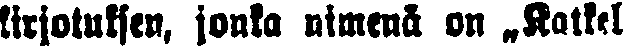
kirjoituksen, jonka nimenä on „Katkel